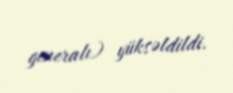
generalı) yüksəldildi.